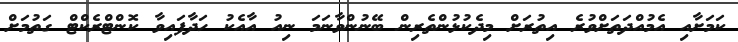
ކަމަށާއި އެމުއްދަތަށްވުރެ އިތުރަށް މިދެކުޅުންތެރިން ބޭނުންވާނަމަ ނިއު އާއެކު ހަދާފައިވާ ކޮންޓްރެކްޓް ގަތުމަށް